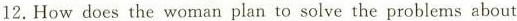
12.Howdoes the woman plan to solve the problems about